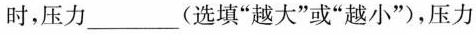
时，压力\underline(选填”越大”或”越小”)，压力